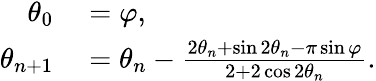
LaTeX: \begin{array}{rl}{\theta_{0}}&{{}=\varphi,}\\ {\theta_{n+1}}&{{}=\theta_{n}-{\frac{2\theta_{n}+\sin 2\theta_{n}-\pi\sin\varphi}{2+2\cos 2\theta_{n}}}.}\end{array}